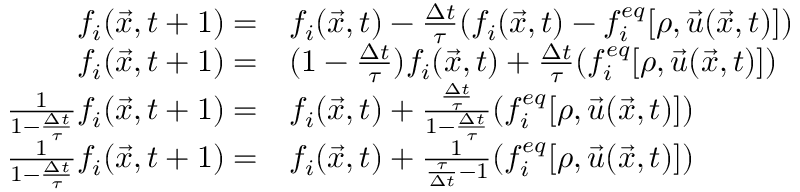
\begin{array} { r l } { f _ { i } ( \vec { x } , t + 1 ) = } & { f _ { i } ( \vec { x } , t ) - \frac { \Delta t } { \tau } ( f _ { i } ( \vec { x } , t ) - f _ { i } ^ { e q } [ \rho , \vec { u } ( \vec { x } , t ) ] ) } \\ { f _ { i } ( \vec { x } , t + 1 ) = } & { ( 1 - \frac { \Delta t } { \tau } ) f _ { i } ( \vec { x } , t ) + \frac { \Delta t } { \tau } ( f _ { i } ^ { e q } [ \rho , \vec { u } ( \vec { x } , t ) ] ) } \\ { \frac { 1 } { 1 - \frac { \Delta t } { \tau } } f _ { i } ( \vec { x } , t + 1 ) = } & { f _ { i } ( \vec { x } , t ) + \frac { \frac { \Delta t } { \tau } } { 1 - \frac { \Delta t } { \tau } } ( f _ { i } ^ { e q } [ \rho , \vec { u } ( \vec { x } , t ) ] ) } \\ { \frac { 1 } { 1 - \frac { \Delta t } { \tau } } f _ { i } ( \vec { x } , t + 1 ) = } & { f _ { i } ( \vec { x } , t ) + \frac { 1 } { \frac { \tau } { \Delta t } - 1 } ( f _ { i } ^ { e q } [ \rho , \vec { u } ( \vec { x } , t ) ] ) } \end{array}